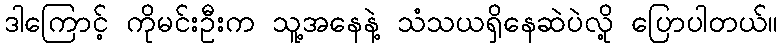
ဒါကြောင့် ကိုမင်းဦးက သူ့အနေနဲ့ သံသယရှိနေဆဲပဲလို့ ပြောပါတယ်။